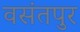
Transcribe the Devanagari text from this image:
वसंतपुर